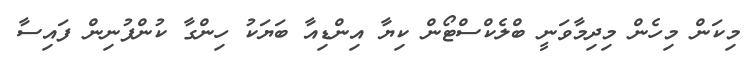
މިކަން މިހެން މިދިމާވަނީ ބްލެކްސްޓޯން ކިޔާ އިންޑިއާ ބަޔަކު ހިންގާ ކުންފުނިން ފައިސާ